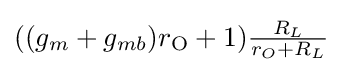
{\begin{matrix}((g_{m}+g_{mb})r_{\mathrm {O} }+1){\frac {R_{L}}{r_{O}+R_{L}}}\end{matrix}}